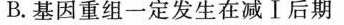
B.基因重组一定发生在减Ⅰ后期